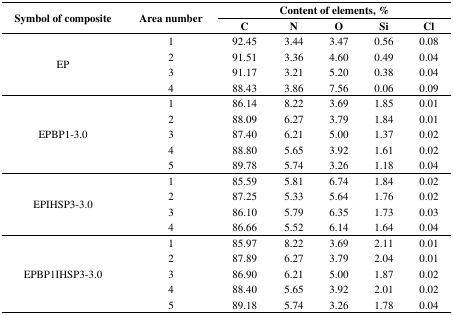
| <ROWSPAN=2> Symbol of composite | <ROWSPAN=2> Area number | <COLSPAN=5> Content of elements, % |
 | C | N | O | Si | Cl |
 | --- | --- | --- | --- | --- | --- | --- |
 | <ROWSPAN=4> EP | 1 | 92.45 | 3.44 | 3.47 | 0.56 | 0.08 |
 | 2 | 91.51 | 3.36 | 4.60 | 0.49 | 0.04 |
 | 3 | 91.17 | 3.21 | 5.20 | 0.38 | 0.04 |
 | 4 | 88.43 | 3.86 | 7.56 | 0.06 | 0.09 |
 | <ROWSPAN=5> EPBP1-3.0 | 1 | 86.14 | 8.22 | 3.69 | 1.85 | 0.01 |
 | 2 | 88.09 | 6.27 | 3.79 | 1.84 | 0.01 |
 | 3 | 87.40 | 6.21 | 5.00 | 1.37 | 0.02 |
 | 4 | 88.80 | 5.65 | 3.92 | 1.61 | 0.02 |
 | 5 | 89.78 | 5.74 | 3.26 | 1.18 | 0.04 |
 | <ROWSPAN=4> EPIHSP3-3.0 | 1 | 85.59 | 5.81 | 6.74 | 1.84 | 0.02 |
 | 2 | 87.25 | 5.33 | 5.64 | 1.76 | 0.02 |
 | 3 | 86.10 | 5.79 | 6.35 | 1.73 | 0.03 |
 | 4 | 86.66 | 5.52 | 6.14 | 1.64 | 0.04 |
 | <ROWSPAN=5> EPBP1IHSP3-3.0 | 1 | 85.97 | 8.22 | 3.69 | 2.11 | 0.01 |
 | 2 | 87.89 | 6.27 | 3.79 | 2.04 | 0.01 |
 | 3 | 86.90 | 6.21 | 5.00 | 1.87 | 0.02 |
 | 4 | 88.40 | 5.65 | 3.92 | 2.01 | 0.02 |
 | 5 | 89.18 | 5.74 | 3.26 | 1.78 | 0.04 |